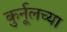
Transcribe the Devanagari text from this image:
कुर्नूलच्या